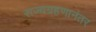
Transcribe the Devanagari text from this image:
राज्यग्रहणानंतर